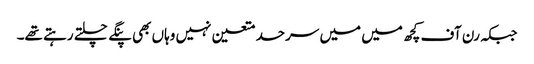
جبکہ رن آف کچھ میں میں سرحد متعین نہیں وہاں بھی پنگے چلتے رہتے تھے۔